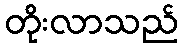
တိုးလာသည်